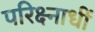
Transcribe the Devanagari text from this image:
परिक्ष्नाधीं